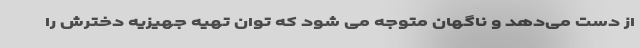
از دست می‌دهد و ناگهان متوجه می شود که توان تهیه جهیزیه دخترش را